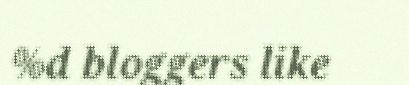
%d bloggers like